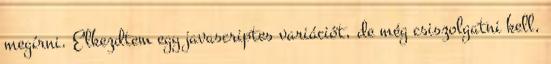
megírni. Elkezdtem egy javascriptes variációt, de még csiszolgatni kell,